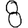
Digit: 8